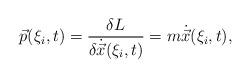
LaTeX: \begin{align*} \vec p(\xi_i,t)=\frac{\delta L}{\delta \dot {\vec x}(\xi_i,t)}= m\dot{\vec x}(\xi_i,t),\end{align*}